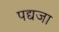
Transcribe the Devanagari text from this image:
पद्यजा